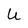
Character: U